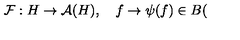
\mathcal { F } : H \rightarrow \mathcal { A } ( H ) , \quad f \rightarrow \psi ( f ) \in B (